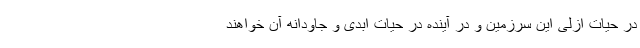
در حیات ازلی این سرزمین و در آینده در حیات ابدی و جاودانه آن خواهند